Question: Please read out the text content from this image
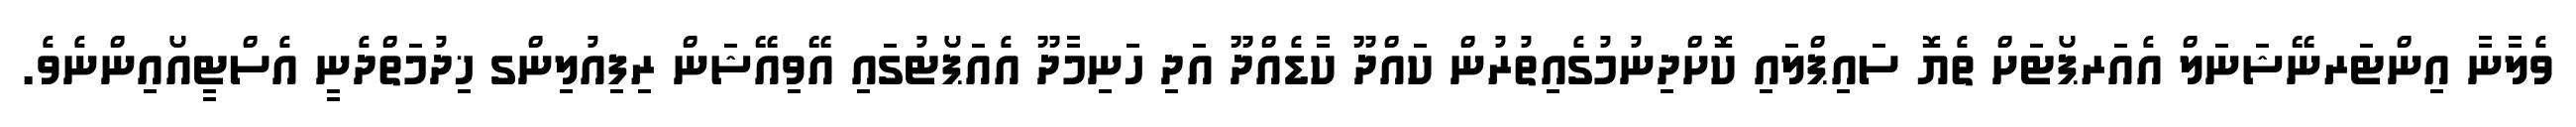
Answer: ވެލާނާ އިންޓަރނޭޝަނަލް އެއަރޕޯޓަށް ތެޔޮ ސައިޕްލައި ކޮށްދިނުމުގެއިތުރުން ކައްދޫ ކާޑެއްދޫ އަދި ހަނިމާދޫ އެއަޕޯޓުގައި އޭވިއޭޝަން ރިފިއުލިންގ ޚިދުމަތްދެނީ އެސްޓީއޯއިންނެވެ.